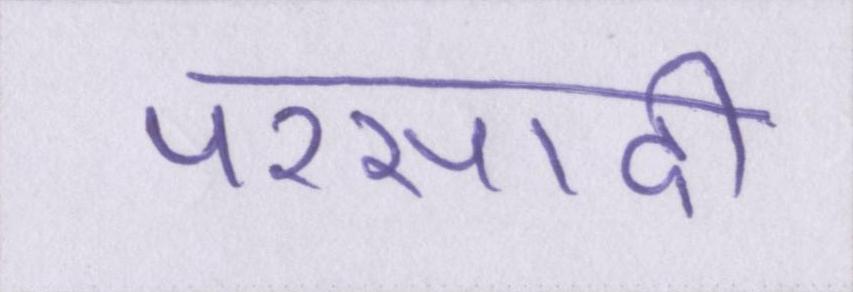
परसादी